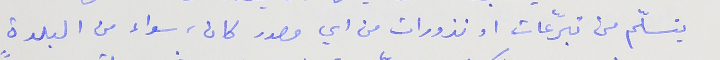
يتسلّم من تبرّعات او نذورات من اي مصدر كان، سواء من البلدة